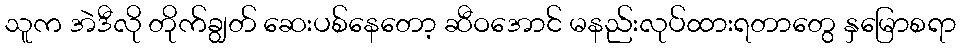
သူက အဲဒီလို တိုက်ချွတ် ဆေးပစ်နေတော့ ဆီဝအောင် မနည်းလုပ်ထားရတာတွေ နှမြောစရာ